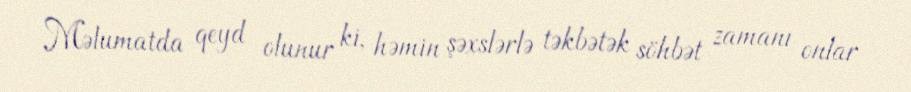
Məlumatda qeyd olunur ki, həmin şəxslərlə təkbətək söhbət zamanı onlar